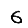
Digit: 6